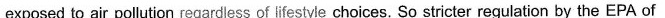
exposed to air polution regardless of lifestyle choices. So stricter regulation by the EPA of